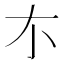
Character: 𠀊